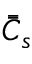
\bar { \bar { C } } _ { s }